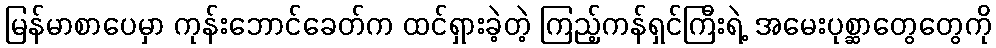
မြန်မာစာပေမှာ ကုန်းဘောင်ခေတ်က ထင်ရှားခဲ့တဲ့ ကြည့်ကန်ရှင်ကြီးရဲ့ အမေးပုစ္ဆာတွေတွေကို